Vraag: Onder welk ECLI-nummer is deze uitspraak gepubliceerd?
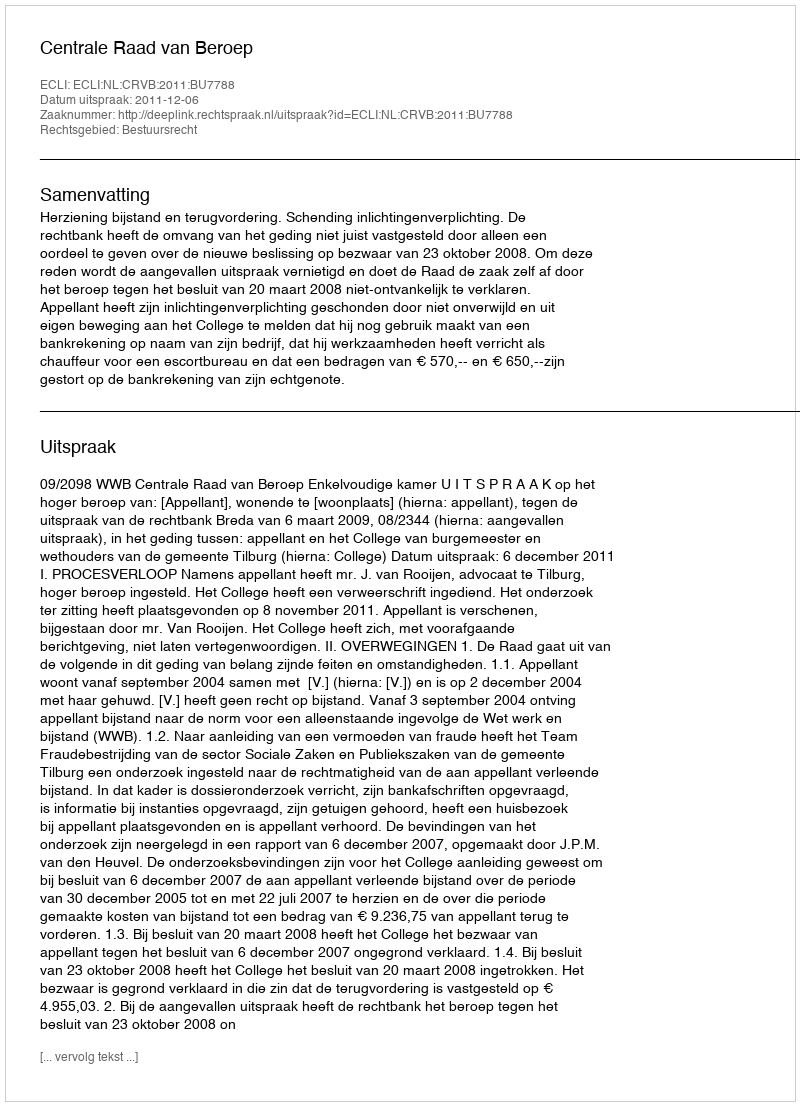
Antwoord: ECLI:NL:CRVB:2011:BU7788